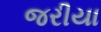
જરીયા